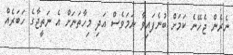
ނެރެން ޖެހޭނެ ކަމަށް ބުނެފައިވާ ނަމަވެސް އަދި މިހާތަނަށް އެ ނަތީޖާގެ ހަބަރެއް